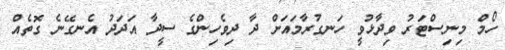
ހޯމް މިނިސްޓަރު ވިދާޅުވީ ހަނގުރާމައަށް ދާ ދިވެހިންގެ ސީދާ އަދަދު އެނގޭނެ ގޮތެއް